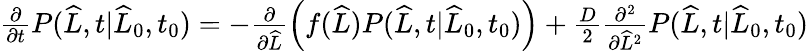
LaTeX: \begin{array}{r}{\frac{\partial}{\partial t}P(\widehat{L},t|\widehat{L}_{0},t_{0})=-\frac{\partial}{\partial\widehat{L}}\left(f(\widehat{L})P(\widehat{L},t|\widehat{L}_{0},t_{0})\right)+\frac{D}{2}\frac{\partial^{2}}{\partial\widehat{L}^{2}}P(\widehat{L},t|\widehat{L}_{0},t_{0})}\end{array}